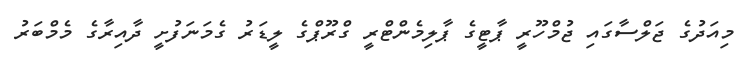
މިއަދުގެ ޖަލްސާގައި ޖުމްހޫރީ ޕާޓީގެ ޕާލިމެންޓްރީ ގްރޫޕްގެ ލީޑަރު ގެމަނަފުށީ ދާއިރާގެ މެމްބަރު